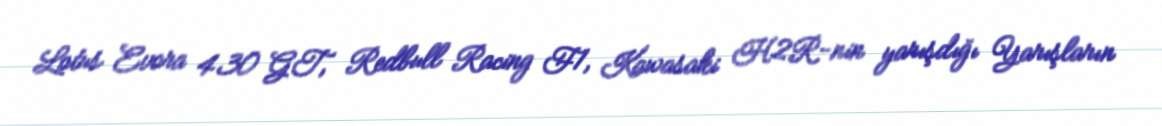
Lotus Evora 430 GT, Redbull Racing F1, Kawasaki H2R-nin yarışdığı Yarışların